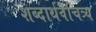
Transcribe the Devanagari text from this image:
शब्दार्थवैचित्र्य